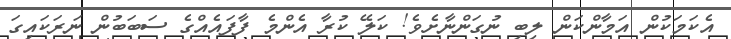
އެކަމަކުން އަމާންކަން ލިބި ނުގަންނާށެވެ! ކަލޭ ކުރާ އެންމެ ފާފައެއްގެ ސަބަބުން ނަރަކައިގަ